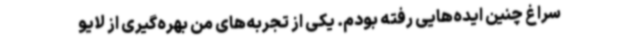
سراغ چنین ایده‌هایی رفته بودم. یکی از تجربه‌های من بهره‌گیری از لایو